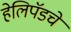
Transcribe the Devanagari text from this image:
हेलिपॅडचे